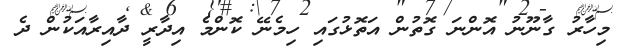
މިހާރު ގާނޫނު އޮންނަ ގޮތުން އަތޮޅުގައި ހިމެނޭ ކޮންމެ އިދާރީ ދާއިރާއަކުން ދެ